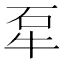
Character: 㸴